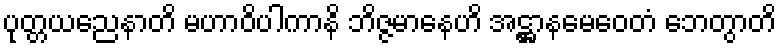
ပုတ္တယညေနာတိ မဟာဝိပါကာနိ ဘိဇ္ဇမာနေဟိ အဋ္ဌာနမေဝေတံ ဘေတွာတိ